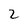
Character: 2